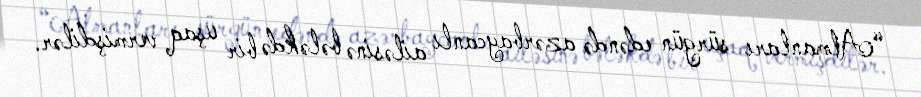
“Almanları sürgün edəndə azərbaycanlı ailəsinə bələkdə bir uşaq vermişdilər.